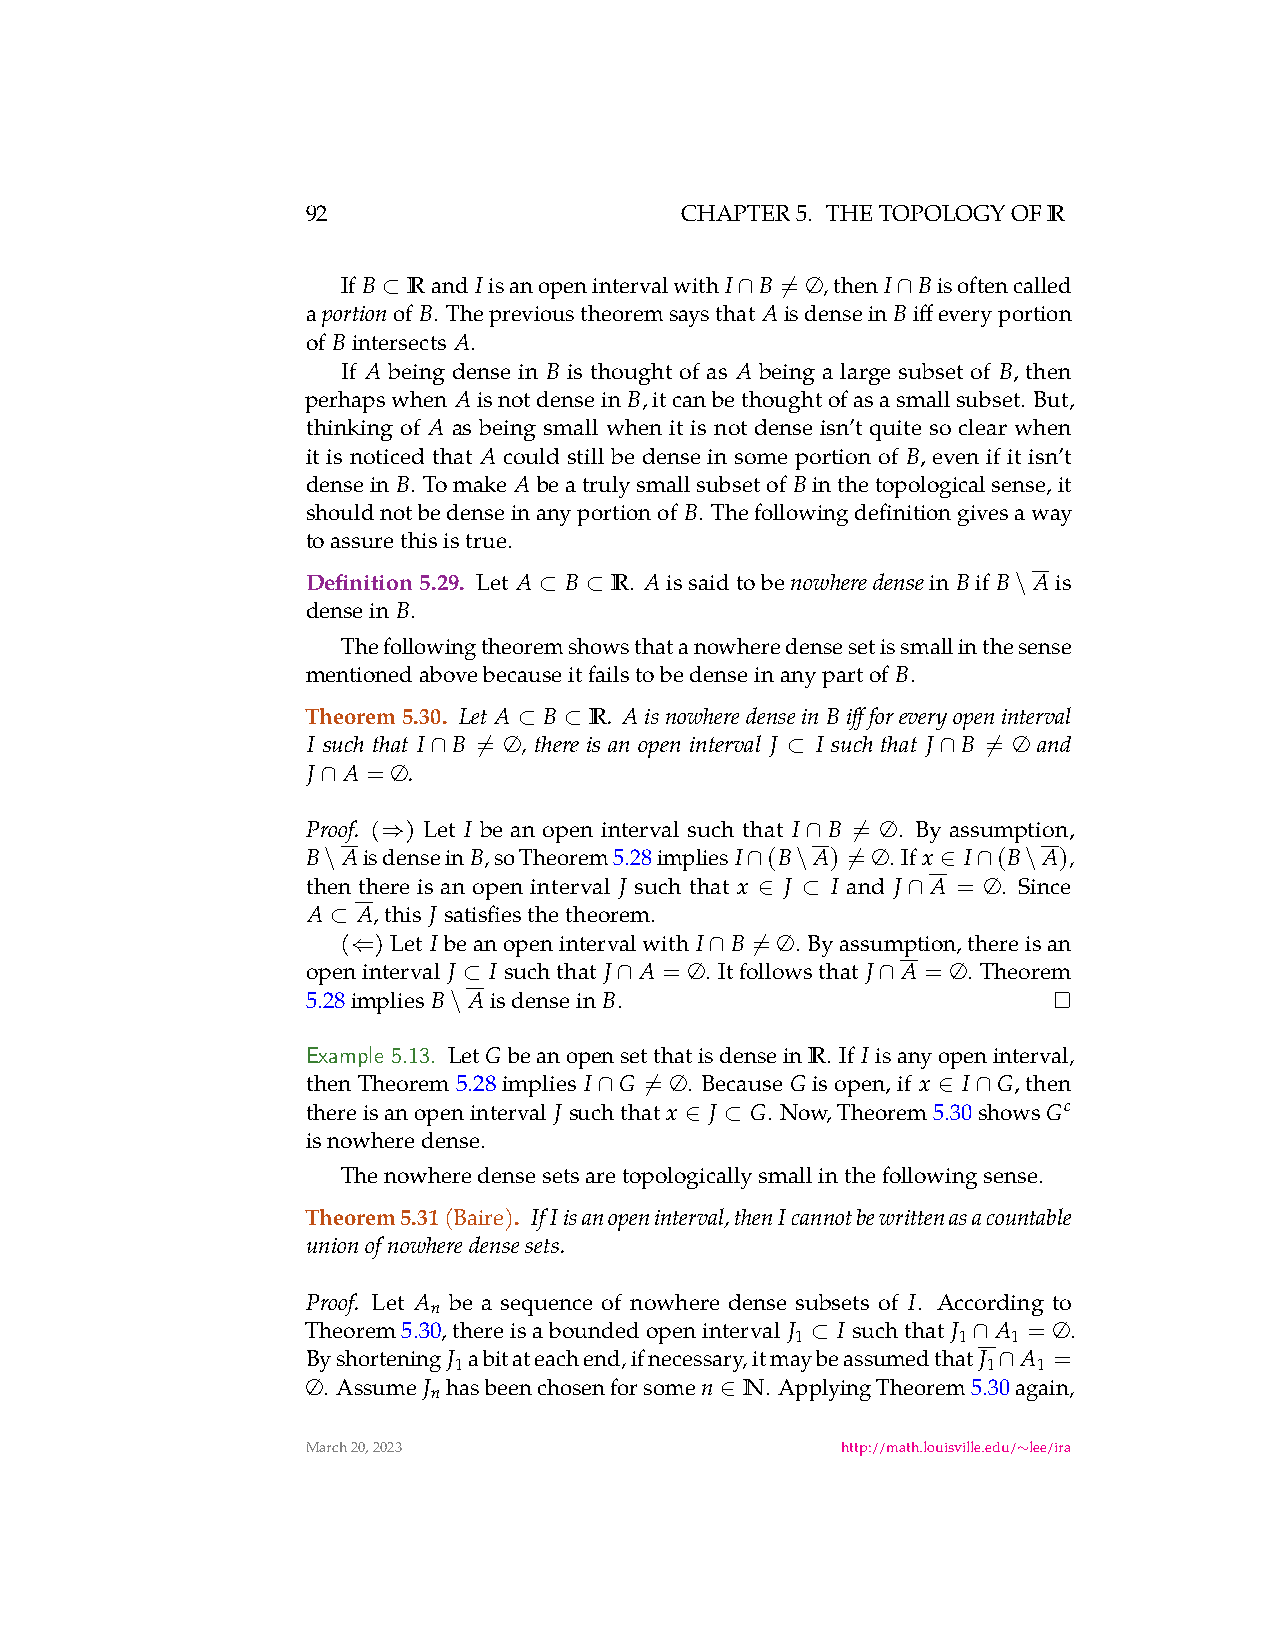
92                       CHAPTER5. THETOPOLOGYOFR
 IfB Rand Iisanopenintervalwith I B = ∅,then I Bisoftencalled
 ⊂                       ∩  ̸      ∩
 a portionofB. Theprevioustheoremsaysthat AisdenseinBiffeveryportion
 of Bintersects A.
 If A being dense in B is thought of as A being a large subset of B, then
 perhapswhen Aisnotdensein B,itcanbethoughtofasasmallsubset. But,
 thinking of A as being small when it is not dense isn’t quite so clear when
 it is noticed that A could still be dense in some portion of B, even if it isn’t
 densein B. Tomake Abeatrulysmallsubsetof Binthetopologicalsense,it
 shouldnotbedenseinanyportionof B. Thefollowingdefinitiongivesaway
 toassurethisistrue.
 Definition5.29. Let A B R. Aissaidtobe nowheredensein Bif B Ais
 ⊂  ⊂                           \
 densein B.
 Thefollowingtheoremshowsthatanowheredensesetissmallinthesense
 mentionedabovebecauseitfailstobedenseinanypartof B.
 Theorem5.30. Let A B R . Aisnowheredensein Biffforeveryopeninterval
 ⊂  ⊂
 I such that I B = ∅ , there is an open interval J I such that J B = ∅ and
 ∩ ̸                    ⊂         ∩  ̸
 J  A = ∅ .
 ∩
 Proof. ( ) Let I be an open interval such that I B = ∅. By assumption,
 ⇒                           ∩  ̸
 B  AisdenseinB,soTheorem5.28impliesI (B A) = ∅. Ifx I (B A),
 \                           ∩   \  ̸     ∈  ∩  \
 then there is an open interval J such that x J I and J A = ∅. Since
 ∈  ⊂      ∩
 A   A,this J satisfiesthetheorem.
 ⊂
 ( )Let I beanopenintervalwith I B = ∅. Byassumption,thereisan
 ⇐                       ∩  ̸
 openinterval J I suchthat J A = ∅. Itfollowsthat J A = ∅. Theorem
 ⊂         ∩                ∩
 5.28implies B Aisdensein B.
 \
 Example 5.13. LetGbeanopensetthatisdenseinR. If I isanyopeninterval,
 thenTheorem5.28implies I G = ∅. Because G isopen,if x I G,then
 ∩  ̸                  ∈  ∩
 thereisanopeninterval J suchthat x J G. Now,Theorem5.30showsGc
 ∈  ⊂
 isnowheredense.
 Thenowheredensesetsaretopologicallysmallinthefollowingsense.
 Theorem5.31(Baire). IfIisanopeninterval,thenIcannotbewrittenasacountable
 unionofnowheredensesets.
 Proof. Let A be a sequence of nowhere dense subsets of I. According to
 n
 Theorem5.30,thereisaboundedopeninterval J I suchthat J A = ∅.
 1         1   1
 ⊂         ∩
 ByshorteningJ abitateachend,ifnecessary,itmaybeassumedthatJ A =
 1                                  1   1
 ∩
 ∅. Assume J hasbeenchosenforsomen N. ApplyingTheorem5.30again,
 n
 ∈
 March20,2023                        http://math.louisville.edu/ lee/ira
 ∼